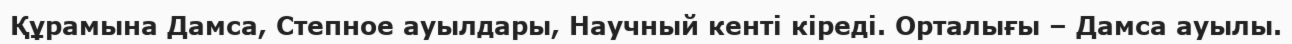
Құрамына Дамса, Степное ауылдары, Научный кенті кіреді. Орталығы – Дамса ауылы.